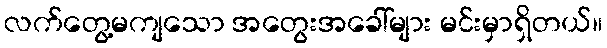
လက်တွေ့မကျသော အတွေးအခေါ်များ မင်းမှာရှိတယ်။